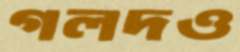
গলদও